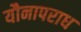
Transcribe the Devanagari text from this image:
यौनापराध